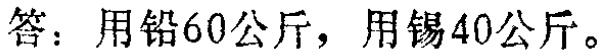
答：用铅60公斤，用锡40公斤。